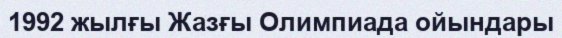
1992 жылғы Жазғы Олимпиада ойындары